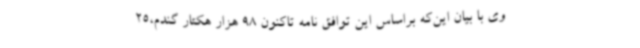
وی با بیان این‌که براساس این توافق نامه تاکنون 98 هزار هکتار گندم،25